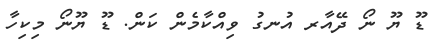
ޑޫ ޔޫ ނޯ ދޭއާރ އުނގު ވިއްކާމެން ކަން. ޑޫ ޔޫނޯ މިކިހާ